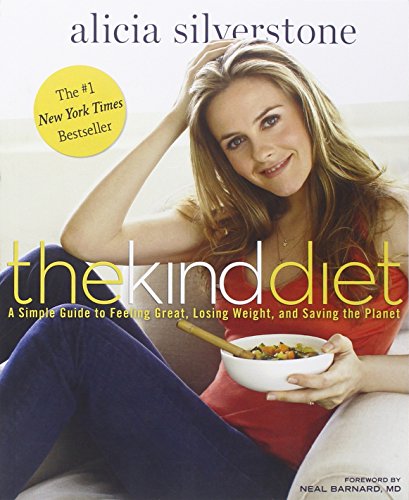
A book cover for The Kind Diet: A Simple Guide to Feeling Great, Losing Weight, and Saving the Planet; Alicia Silverstone; Cookbooks, Food & Wine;